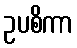
ဥပစိကာ